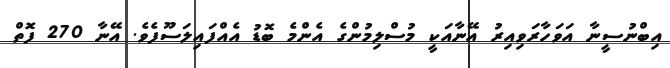
އިބްނުސީނާ އަވަހާރަވިއިރު އޭނާއަކީ މުސްލިމުންގެ އެންމެ ބޮޑު އެއްފައިލަސޫފެވެ. އޭނާ 270 ފޮތް